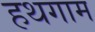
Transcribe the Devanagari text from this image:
हथगाम